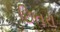
છિતરા